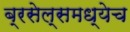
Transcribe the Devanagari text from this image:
ब्रसेल्समध्येच